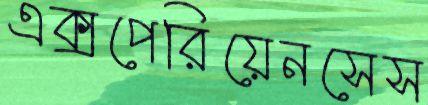
এক্সপেরিয়েনসেস